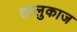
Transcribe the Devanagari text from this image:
तालुकाज